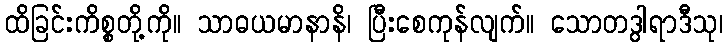
ထိခြင်းကိစ္စတို့ကို။ သာဓယမာနာနိ၊ ပြီးစေကုန်လျက်။ သောတဒွါရာဒီသု၊